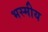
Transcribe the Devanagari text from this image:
भस्मीय